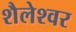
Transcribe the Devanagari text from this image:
शैलेश्‍वर